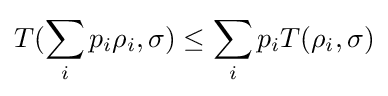
T(\sum _{i}p_{i}\rho _{i},\sigma )\leq \sum _{i}p_{i}T(\rho _{i},\sigma )